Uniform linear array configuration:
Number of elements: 8
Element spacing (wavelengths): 1
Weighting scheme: hamming
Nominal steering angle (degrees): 15
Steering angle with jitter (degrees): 14.003
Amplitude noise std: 0.05
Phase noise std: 0.05

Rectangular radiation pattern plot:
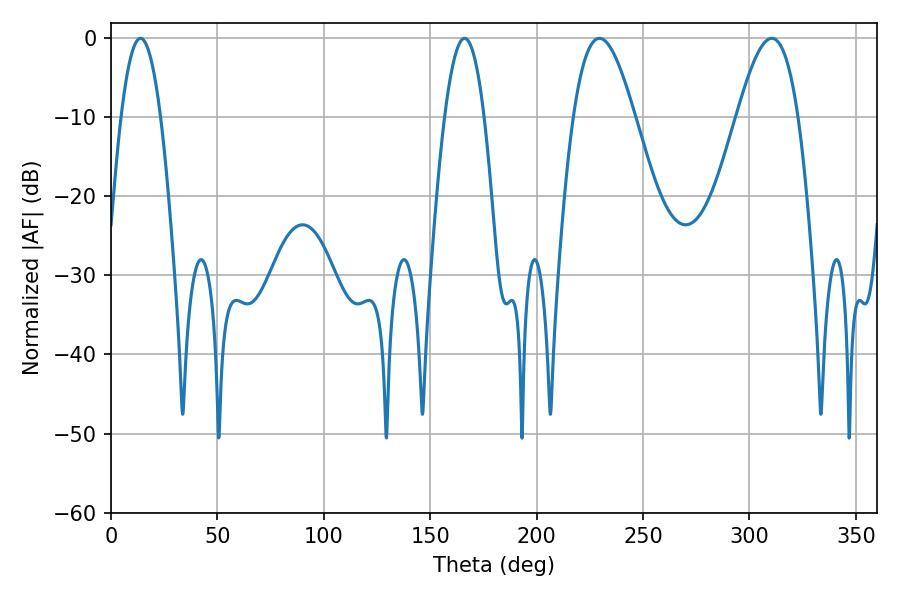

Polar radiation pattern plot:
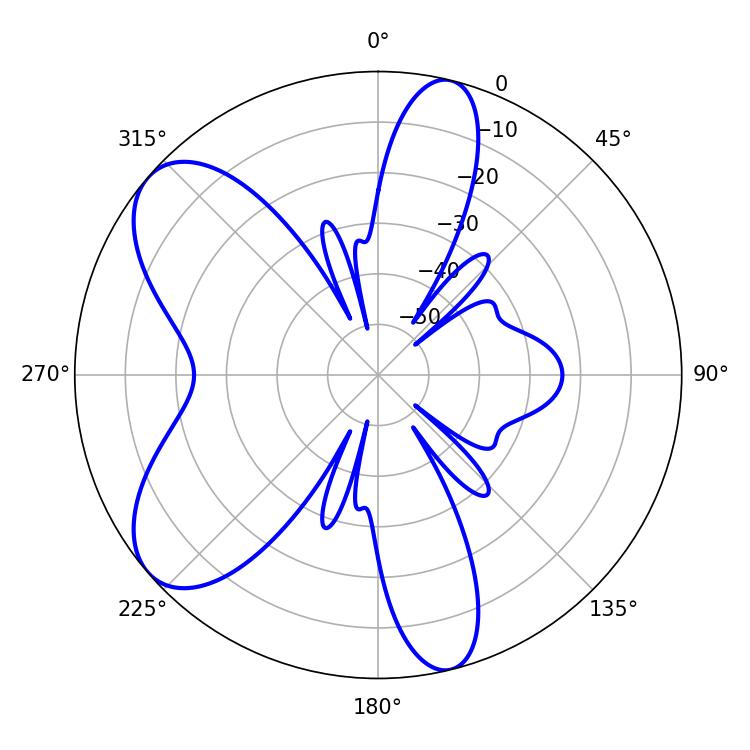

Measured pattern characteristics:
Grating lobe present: TRUE
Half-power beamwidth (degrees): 10.26
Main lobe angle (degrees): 13.86